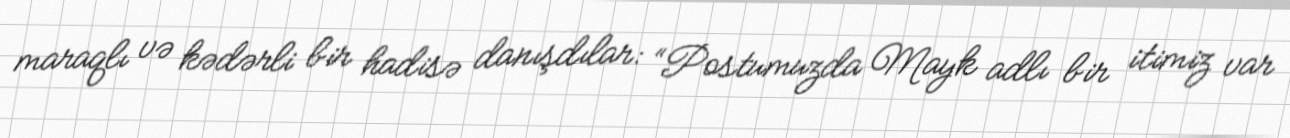
maraqlı və kədərli bir hadisə danışdılar: “Postumuzda Mayk adlı bir itimiz var